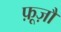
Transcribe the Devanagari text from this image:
फ़ूज़ौ